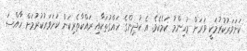
ކަށަވަރުކުރުމަކީ ވަރަށް މުހިންމު ކަމެކެވެ. އެ ކުދިންގެ ހައްގުތަކާއި ރައްކާތެރިކަން ކަށަވަރުކުރުމަށް ހާއްސަ